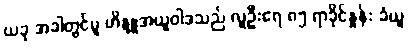
ယခု အခါတွင်မူ ဟိန္ဒူအယူဝါဒသည် လူဦးရေ ၈၅ ရာခိုင်နှုန်း ခံယူ